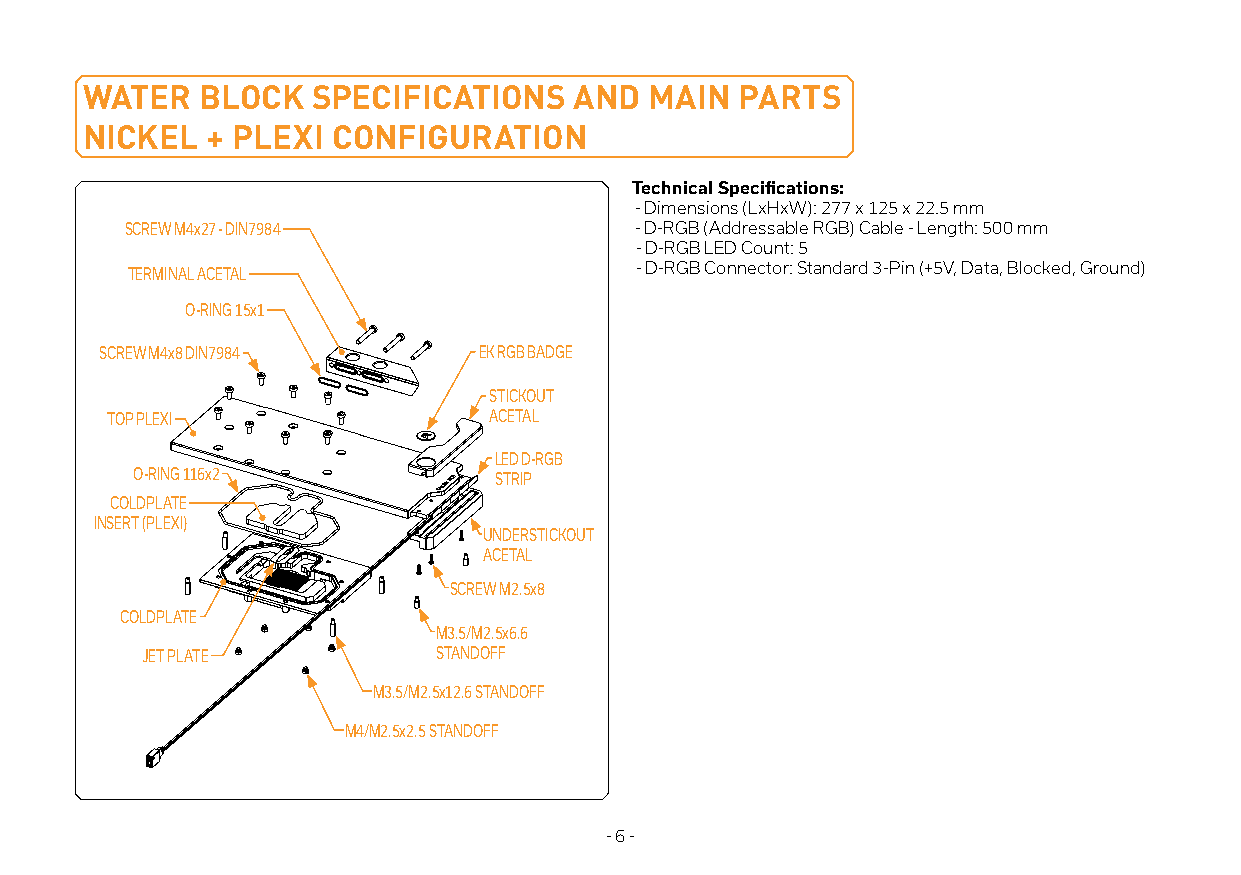
WATER  BLOCK   SPECIFICATIONS   AND  MAIN  PARTS
 NICKEL  + PLEXI CONFIGURATION
 Technical Specifications:
 - Dimensions (LxHxW): 277 x 125 x 22.5 mm
 SCREW M4x27 - DIN7984             - D-RGB (Addressable RGB) Cable - Length: 500 mm
 - D-RGB LED Count: 5
 TERMINAL ACETAL                   - D-RGB Connector: Standard 3-Pin (+5V, Data, Blocked, Ground)
 O-RING 15x1
 SCREW M4x8 DIN7984       EK RGB BADGE
 STICKOUT
 TOP PLEXI                ACETAL
 LED D-RGB
 O-RING 116x2            STRIP
 COLDPLATE
 INSERT (PLEXI)
 UNDERSTICKOUT
 ACETAL
 SCREW M2.5x8
 COLDPLATE
 M3.5/M2.5x6.6
 JET PLATE           STANDOFF
 M3.5/M2.5x12.6 STANDOFF
 M4/M2.5x2.5 STANDOFF
 - 6 -